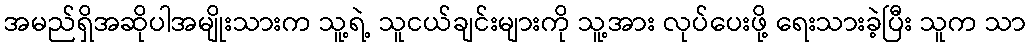
အမည်ရှိအဆိုပါအမျိုးသားက သူ့ရဲ့ သူငယ်ချင်းများကို သူ့အား လုပ်ပေးဖို့ ရေးသားခဲ့ပြီး သူက သာ